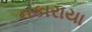
નકારાયા